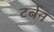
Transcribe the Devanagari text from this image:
टर्बन